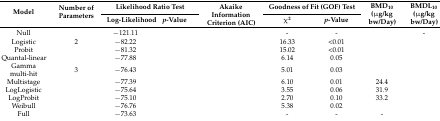
<table><thead><tr><td rowspan="2"><b>Model</b></td><td rowspan="2"><b>Number of Parameters</b></td><td colspan="2"><b>Likelihood Ratio Test</b></td><td rowspan="2"><b>Akaike Information Criterion (AIC)</b></td><td colspan="2"><b>Goodness of Fit (GOF) Test</b></td><td rowspan="2"><b>BMD<sub>10</sub> (μg/kg bw/Day)</b></td><td rowspan="2"><b>BMDL<sub>10</sub> (μg/kg bw/Day)</b></td></tr><tr><td><b>Log-Likelihood</b></td><td><b><i>p</i>-Value</b></td><td><b>χ<sup>2</sup></b></td><td><b><i>p</i>-Value</b></td></tr></thead><tbody><tr><td>Null</td><td>[EMPTY_CELL]</td><td>−121.11</td><td>[EMPTY_CELL]</td><td>[EMPTY_CELL]</td><td>-</td><td>-</td><td>[EMPTY_CELL]</td><td>-</td></tr><tr><td>Logistic</td><td>2</td><td>−82.22</td><td>[EMPTY_CELL]</td><td>[EMPTY_CELL]</td><td>16.33</td><td>&lt;0.01</td><td>[EMPTY_CELL]</td><td>[EMPTY_CELL]</td></tr><tr><td>Probit</td><td>[EMPTY_CELL]</td><td>−81.32</td><td>[EMPTY_CELL]</td><td>[EMPTY_CELL]</td><td>15.02</td><td>&lt;0.01</td><td>[EMPTY_CELL]</td><td>[EMPTY_CELL]</td></tr><tr><td>Quantal-linear</td><td>[EMPTY_CELL]</td><td>−77.88</td><td>[EMPTY_CELL]</td><td>[EMPTY_CELL]</td><td>6.14</td><td>0.05</td><td>[EMPTY_CELL]</td><td>[EMPTY_CELL]</td></tr><tr><td>Gamma multi-hit</td><td>3</td><td>−76.43</td><td>[EMPTY_CELL]</td><td>[EMPTY_CELL]</td><td>5.01</td><td>0.03</td><td>[EMPTY_CELL]</td><td>[EMPTY_CELL]</td></tr><tr><td>Multistage</td><td>[EMPTY_CELL]</td><td>−77.39</td><td>[EMPTY_CELL]</td><td>[EMPTY_CELL]</td><td>6.10</td><td>0.01</td><td>24.4</td><td>[EMPTY_CELL]</td></tr><tr><td>LogLogistic</td><td>[EMPTY_CELL]</td><td>−75.64</td><td>[EMPTY_CELL]</td><td>[EMPTY_CELL]</td><td>3.55</td><td>0.06</td><td>31.9</td><td>[EMPTY_CELL]</td></tr><tr><td>LogProbit</td><td>[EMPTY_CELL]</td><td>−75.10</td><td>[EMPTY_CELL]</td><td>[EMPTY_CELL]</td><td>2.70</td><td>0.10</td><td>33.2</td><td>[EMPTY_CELL]</td></tr><tr><td>Weibull</td><td>[EMPTY_CELL]</td><td>−76.76</td><td>[EMPTY_CELL]</td><td>[EMPTY_CELL]</td><td>5.38</td><td>0.02</td><td>[EMPTY_CELL]</td><td>[EMPTY_CELL]</td></tr><tr><td>Full</td><td>[EMPTY_CELL]</td><td>−73.63</td><td>[EMPTY_CELL]</td><td>[EMPTY_CELL]</td><td>-</td><td>-</td><td>-</td><td>[EMPTY_CELL]</td></tr></tbody></table>